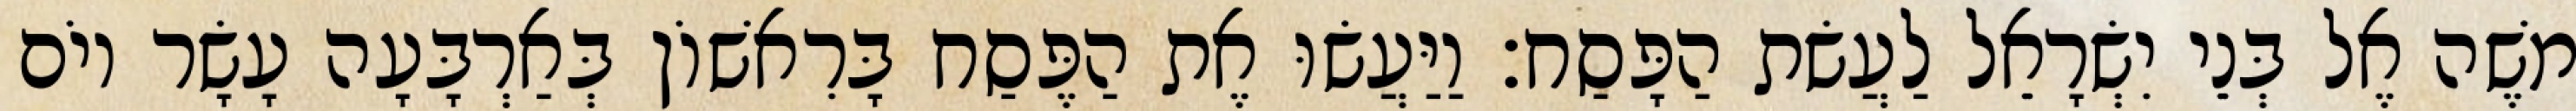
משֶׁה אֶל בְּנֵי יִשְׂרָאֵל לַעֲשׂת הַפָּסַח׃ וַיַּעֲשׂוּ אֶת הַפֶּסַח בָּרִאשׁוֹן בְּאַרְבָּעָה עָשָׂר יוֹם